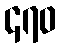
၄၇၀